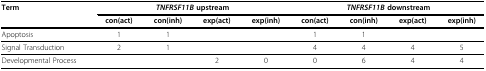
| Term | <COLSPAN=4> TNFRSF11B upstream | <COLSPAN=4> TNFRSF11B downstream |
 |  | con(act) | con(inh) | exp(act) | exp(inh) | con(act) | con(inh) | exp(act) | exp(inh) |
 | --- | --- | --- | --- | --- | --- | --- | --- | --- |
 | Apoptosis | 1 | 1 |  |  | 1 | 1 |  |  |
 | Signal Transduction | 2 | 1 |  |  | 4 | 4 | 4 | 5 |
 | Developmental Process |  |  | 2 | 0 | 0 | 6 | 4 | 4 |